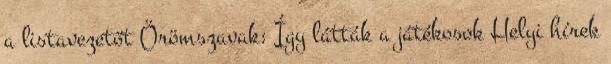
a listavezetőt Örömszavak: Így látták a játékosok Helyi hírek